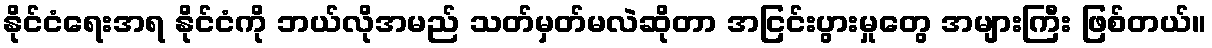
နိုင်ငံရေးအရ နိုင်ငံကို ဘယ်လိုအမည် သတ်မှတ်မလဲဆိုတာ အငြင်းပွားမှုတွေ အများကြီး ဖြစ်တယ်။